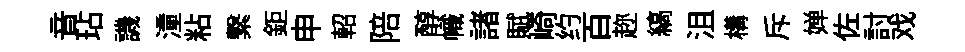
音玷譏潼粘繋鉅申軺陪醇幟諸賦崎约百趂縞沮構斥婵佐討戏